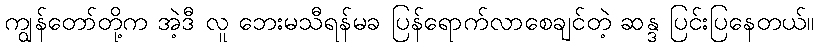
ကျွန်တော်တို့က အဲ့ဒီ လူ ဘေးမသီရန်မခ ပြန်ရောက်လာစေချင်တဲ့ ဆန္ဒ ပြင်းပြနေတယ်။